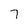
Character: 7